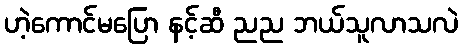
ဟဲ့ကောင်မပြော နင့်ဆီ ညည ဘယ်သူလာသလဲ